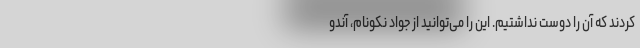
کردند که آن را دوست نداشتیم. این را می‌توانید از جواد نکونام، آندو